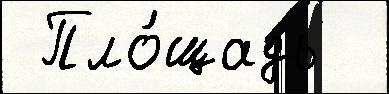
 Пло́щадь